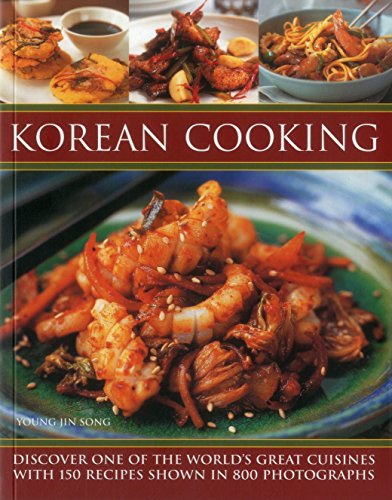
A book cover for Korean Cooking: Discover One Of The World'S Great Cuisines With 150 Recipes Shown In 800 Photographs; Young Jin Song; Cookbooks, Food & Wine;